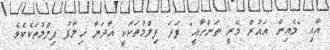
އާއި "މެއިން އައުރް މޭރީ ތަންހާއީ" ފަދަ ފިލްމުތަކަކީ އާދަޔާ ޚިލާފު ފިލްމުތަކެކެވެ.